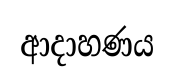
ආදාහණය